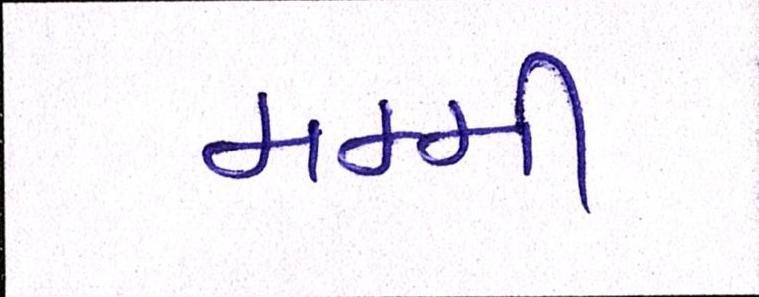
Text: મમ્મી